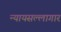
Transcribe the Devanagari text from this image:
न्यायसल्लागार